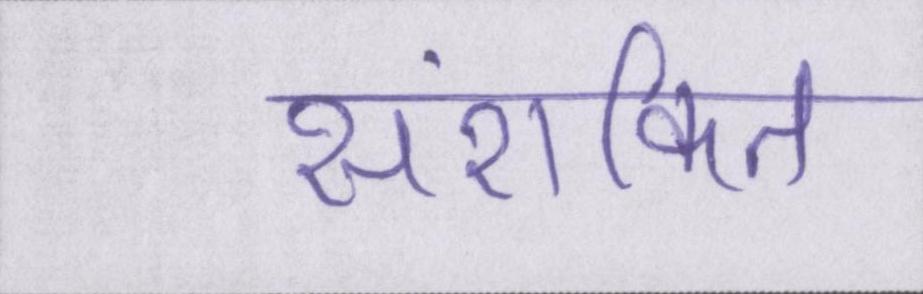
सशंकित